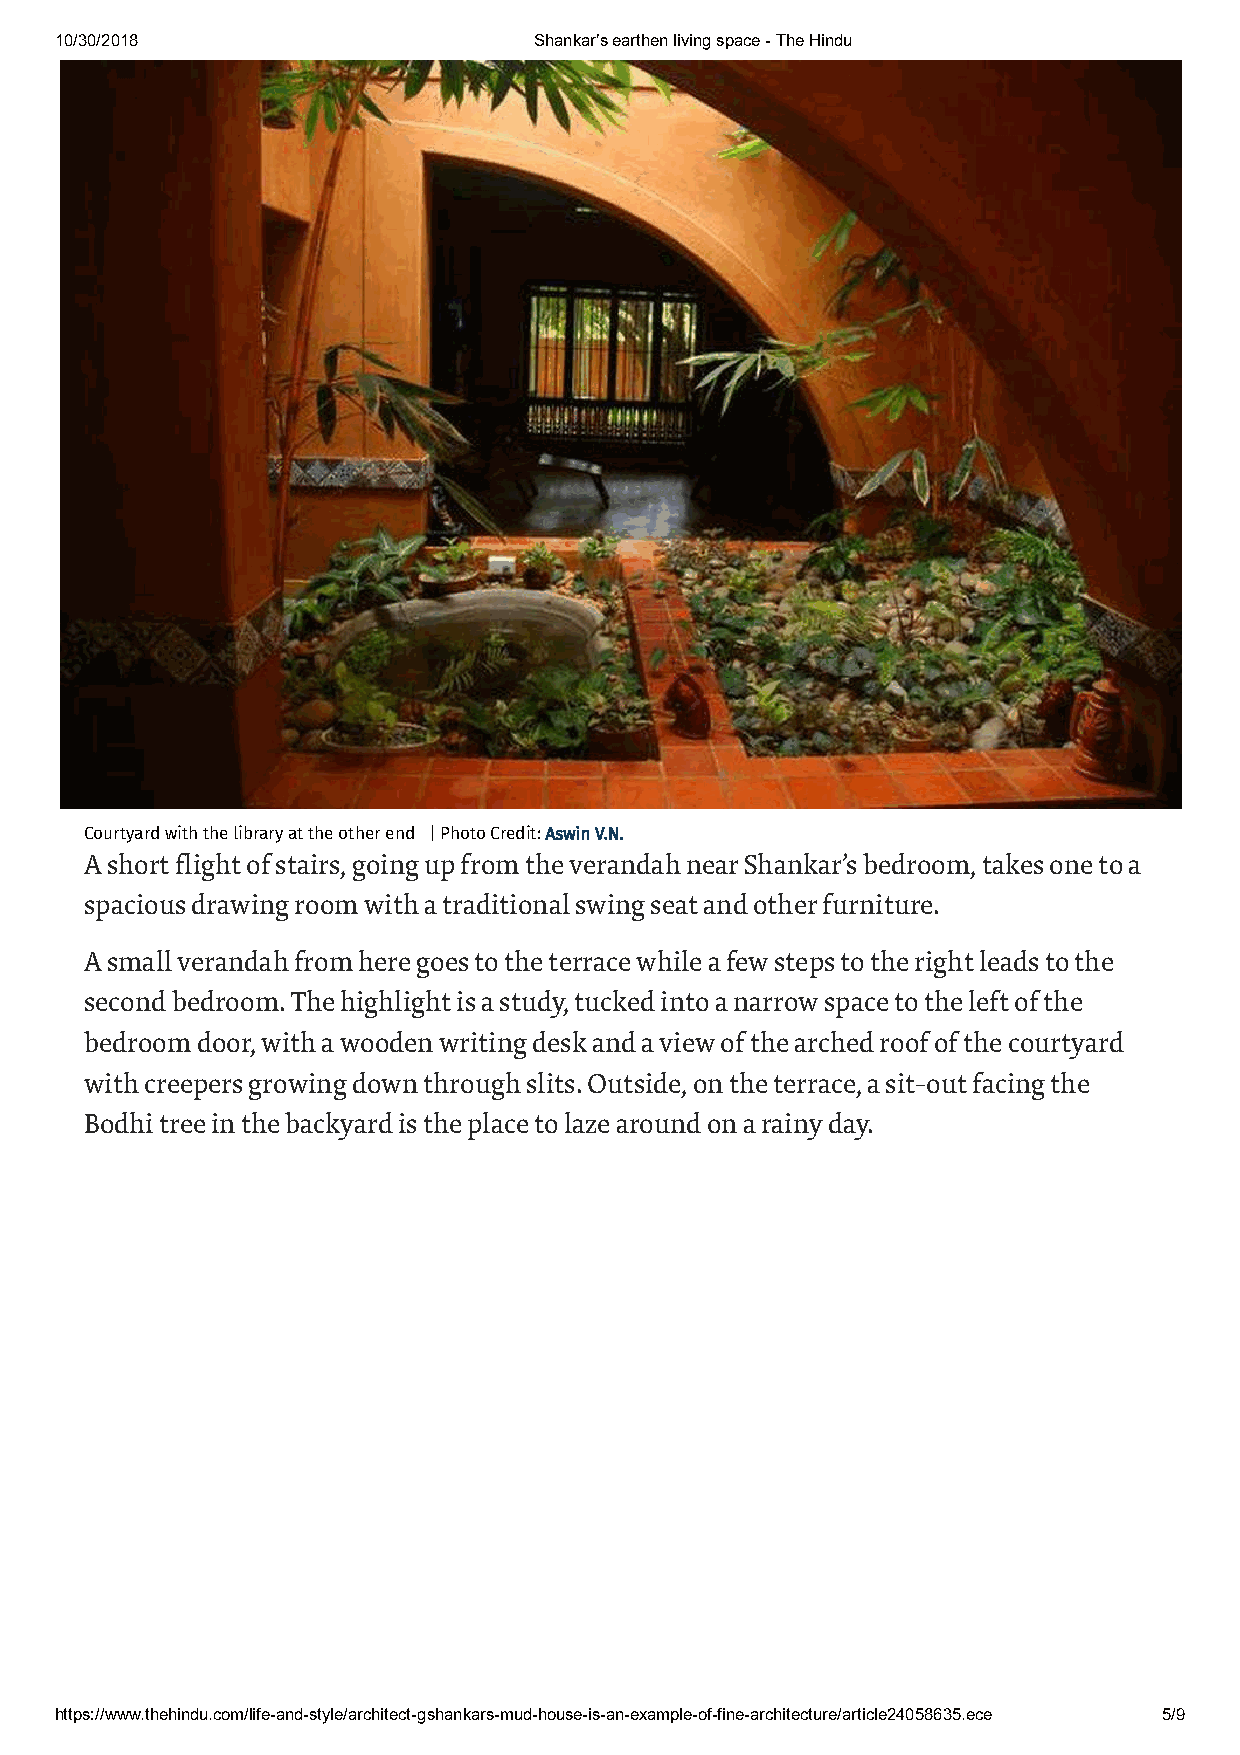
10/30/2018                     Shankar’s earthen living space - The Hindu
 Courtyard with the library at the other end | Photo Credit: Aswin V.N.
 A short flight of stairs, going up from the verandah near Shankar’s bedroom, takes one to a
 spacious drawing room with a traditional swing seat and other furniture.
 A small verandah from here goes to the terrace while a few steps to the right leads to the
 second bedroom. The highlight is a study, tucked into a narrow space to the left of the
 bedroom door, with a wooden writing desk and a view of the arched roof of the courtyard
 with creepers growing down through slits. Outside, on the terrace, a sit-out facing the
 Bodhi tree in the backyard is the place to laze around on a rainy day.
 https://www.thehindu.com/life-and-style/architect-gshankars-mud-house-is-an-example-of-fine-architecture/article24058635.ece 5/9